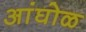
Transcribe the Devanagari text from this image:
अांघोळ